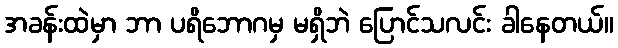
အခန်းထဲမှာ ဘာ ပရိဘောဂမှ မရှိဘဲ ပြောင်သလင်း ခါနေတယ်။